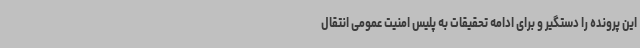
این پرونده را دستگیر و برای ادامه تحقیقات به پلیس امنیت عمومی انتقال